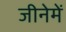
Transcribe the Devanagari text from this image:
जीनेमें